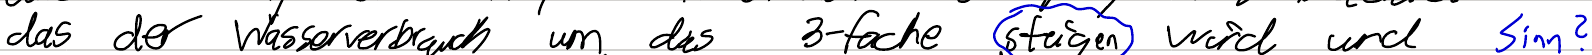
das der Wasserverbrauch um das 3-fache steigen wird und Sinn?